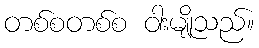
တစ်စတစ်စ ဝါးမျိုသည်။